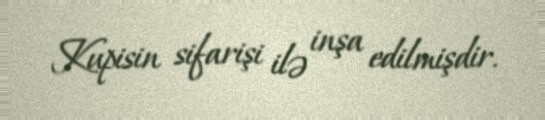
Kupisin sifarişi ilə inşa edilmişdir.